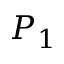
P _ { 1 }